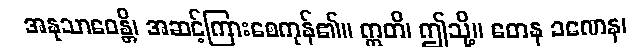
အနုသာဝေန္တိ၊ အဆင့်ကြားစေကုန်၏။ ဣတိ၊ ဤသို့။ တေန ခဏေန၊